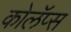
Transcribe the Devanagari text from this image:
कोलॅप्स